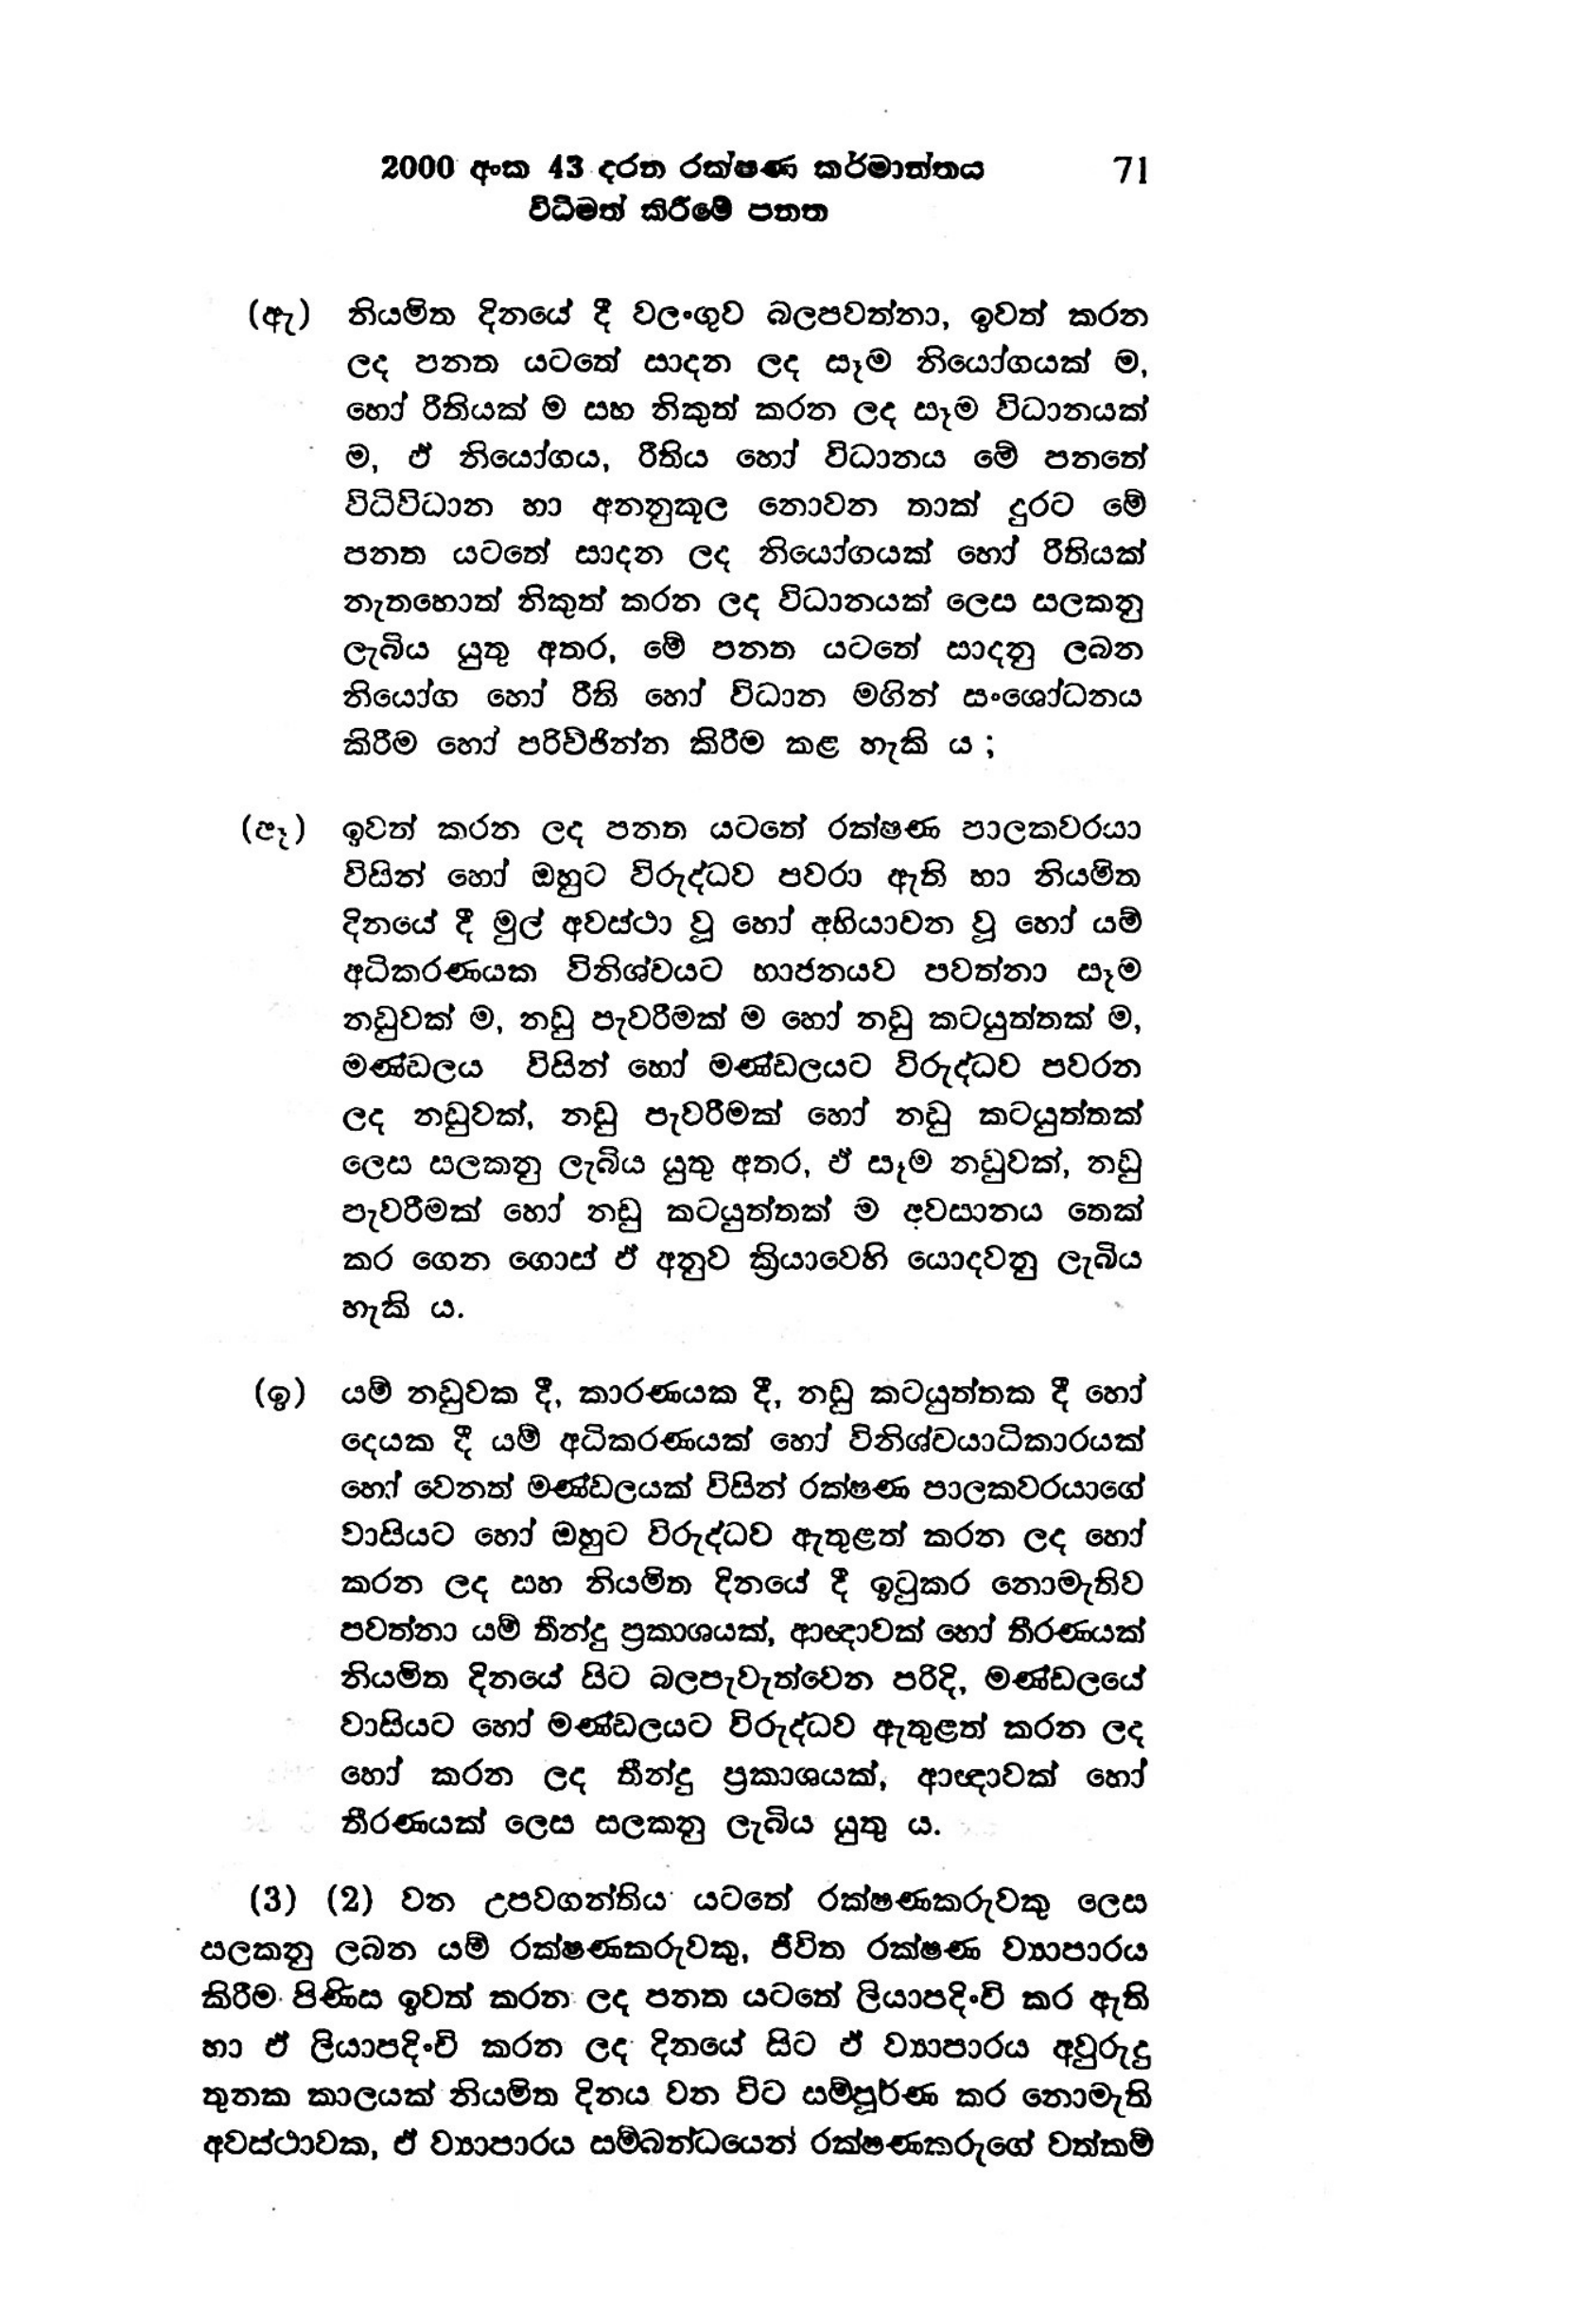
2000 අංක 43 දරන රක්ෂණ කර්මාන්තය 71
විධිමත් කිරීමේ පනත

(ඇ) නියමිත දිනයේ දී වලංගුව බලපවත්නා, ඉවත් කරන
ලද පනත යටතේ සාදන ලද සෑම නියෝගයක් ම,
හෝ රීතියක් ම සහ නිකුත් කරන ලද සෑම විධානයක්
ම, ඒ නියෝගය, රීතිය හෝ විධානය මේ පනතේ
විධිවිධාන හා අනනුකූල නොවන තාක් දුරට මේ
පනත යටතේ සාදන ලද නියෝගයක් හෝ රීතියක්
නැතහොත් නිකුත් කරන ලද විධානයක් ලෙස සලකනු
ලැබිය යුතු අතර, මේ පනත යටතේ සාදනු ලබන
නියෝග හෝ රීති හෝ විධාන මගින් සංශෝධනය
කිරීම හෝ පරිඡින්න කිරීම කළ හැකි ය;

(ඈ) ඉවත් කරන ලද පනත යටතේ රක්ෂණ පාලකවරයා
විසින් හෝ ඔහුට විරුද්ධව පවරා ඇති හා නියමිත
දිනයේ දී මුල් අවස්ථා වූ හෝ අභියාවන වූ හෝ යම්
අධිකරණයක විනිශ්චයට භාජනයව පවත්නා සෑම
නඩුවක් ම, නඩු පැවරීමක් ම හෝ නඩු කටයුත්තක් ම,
මණ්ඩලය විසින් හෝ මණ්ඩලයට විරුද්ධව පවරන
ලද නඩුවක්, නඩු පැවරීමක් හෝ නඩු කටයුත්තක්
ලෙස සලකනු ලැබිය යුතු අතර, ඒ සෑම නඩුවක්, නඩු
පැවරීමක් හෝ නඩු කටයුත්තක් ම අවසානය තෙක්
කර ගෙන ගොස් ඵ් අනුව ක්‍රියාවෙහි යොදවනු ලැබිය
හැකි ය.

(ඉ) යම් නඩුවක දී, කාරණයක දී, නඩු කටයුත්තක දී හෝ
දෙයක දී යම් අධිකරණයක් හෝ විනිශ්චයාධිකාරයක්
හෝ වෙනත් මණ්ඩලයක් විසින් රක්ෂණ පාලකවරයාගේ
වාසියට හෝ ඔහුට විරුද්ධව ඇතුළත් කරන ලද හෝ
කරන ලද සහ නියමිත දිනයේ දී ඉටුකර නොමැතිව
පවත්නා යම් තීන්දු ප්‍රකාශයක්, ආඥාවක් හෝ තීරණයක්
නියමිත දිනයේ සිට බලපැවැත්වෙන පරිදි, මණ්ඩලයේ
වාසියට හෝ මණ්ඩලයට විරුද්ධව ඇතුළත් කරන ල
හෝ කරන ලද තීන්දු ප්‍රකාශයක්, ආඥාවක් හෝ
තීරණයක් ලෙස සලකනු ලැබිය යුතු ය.

(3) (2) වන උපවගන්තිය යටතේ රක්ෂණකරුවකු ලෙස
සලකනු ලබන යම් රක්ෂණකරුවකු, ජීවිත රක්ෂණ ව්‍යාපාරය
කිරීම පිණිස ඉවත් කරන ලද පනත යටතේ ලියාපදිංචි කර ඇති
හා ඒ ලියාපදිංචි කරන ලද දිනයේ සිට ඒ ව්‍යාපාරය අවුරුදු
තුනක කාලයක් නියමිත දිනය වන විට සම්පූර්ණ කර නොමැති
අවස්ථාවක, ඒ ව්‍යාපාරය සම්බන්ධයෙන් රක්ෂණකරුගේ වත්කම්